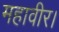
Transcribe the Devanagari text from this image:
महावीर।